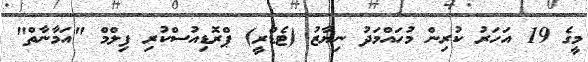
މީގެ 19 އަހަރު ކުރިން މުހައްމަދު ނިޔާޒު (ޓެޑްރީ) ޕްރޮޑިއުސްކުރި ފިލްމް "އަމާނާތް"